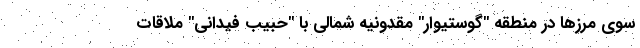
سوی مرزها در منطقه "گوستیوار" مقدونیه شمالی با "حبیب فیدانی" ملاقات